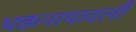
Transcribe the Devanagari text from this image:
भक्तनामावली